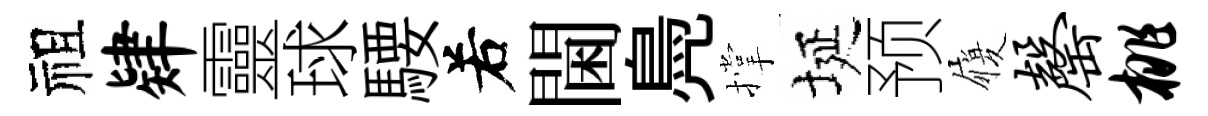
祖肄靈球騕𠰥閫鳧撑埏预履罄桃